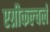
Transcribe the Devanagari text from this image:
एग्रीकल्चर्ल